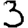
Digit: 3